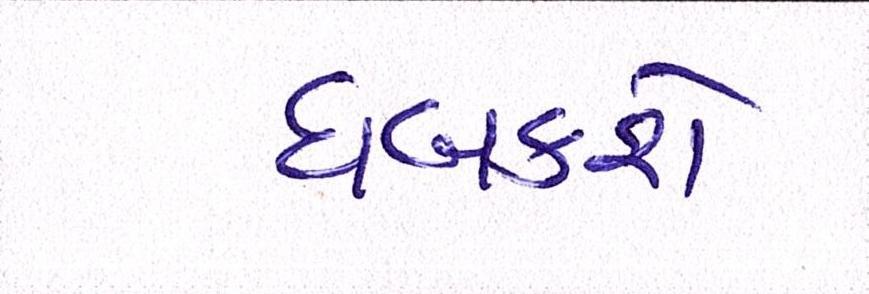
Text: ધબકશે